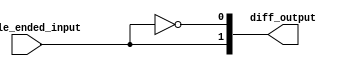
module io_blocks_diff_buffer (
  input         single_ended_input,
  output [1:0]  diff_output
);

  assign diff_output[0] = ~single_ended_input;
  assign diff_output[1] = single_ended_input;

endmodule